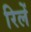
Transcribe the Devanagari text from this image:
रिलें